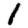
Digit: 1